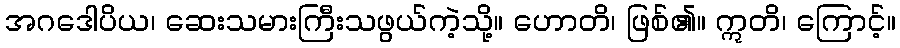
အဂဒေါပိယ၊ ဆေးသမားကြီးသဖွယ်ကဲ့သို့။ ဟောတိ၊ ဖြစ်၏။ ဣတိ၊ ကြောင့်။